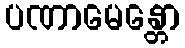
ပဏာမေန္တော